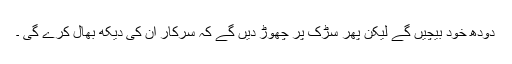
دودھ خود بیچیں گے لیکن پھر سڑک پر چھوڑ دیں گے کہ سرکار ان کی دیکھ بھال کرے گی ۔